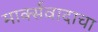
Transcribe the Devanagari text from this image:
मार्क्‍सवादाचा